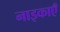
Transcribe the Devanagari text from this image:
नाइकाएँ